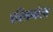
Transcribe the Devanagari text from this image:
पब्लिकनोरम